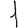
Digit: 1